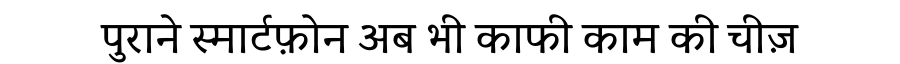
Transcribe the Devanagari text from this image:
पुराने स्मार्टफ़ोन अब भी काफी काम की चीज़